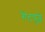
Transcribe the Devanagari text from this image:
गेटपुढे